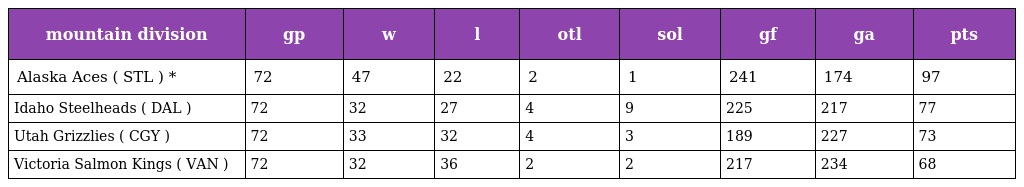
| mountain division | gp | w | l | otl | sol | gf | ga | pts |
 | --- | --- | --- | --- | --- | --- | --- | --- | --- |
 | Alaska Aces ( STL ) * | 72 | 47 | 22 | 2 | 1 | 241 | 174 | 97 |
 | Idaho Steelheads ( DAL ) | 72 | 32 | 27 | 4 | 9 | 225 | 217 | 77 |
 | Utah Grizzlies ( CGY ) | 72 | 33 | 32 | 4 | 3 | 189 | 227 | 73 |
 | Victoria Salmon Kings ( VAN ) | 72 | 32 | 36 | 2 | 2 | 217 | 234 | 68 |